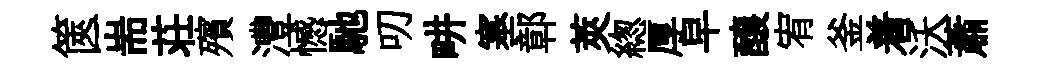
篋耑荘殯灃憾馳叨畊塞鄣莢緫厚早醸宥釜着沃蕭